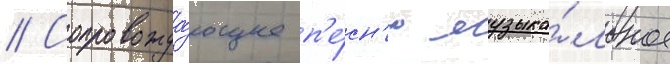
// Сопровожда́ющее п'е́сн'ю музыка́льное